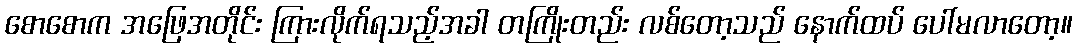
စောစောက အဖြေအတိုင်း ကြားလိုက်ရသည့်အခါ တကြိုးတည်း လစ်တော့သည် နောက်ထပ် ပေါ်မလာတော့။